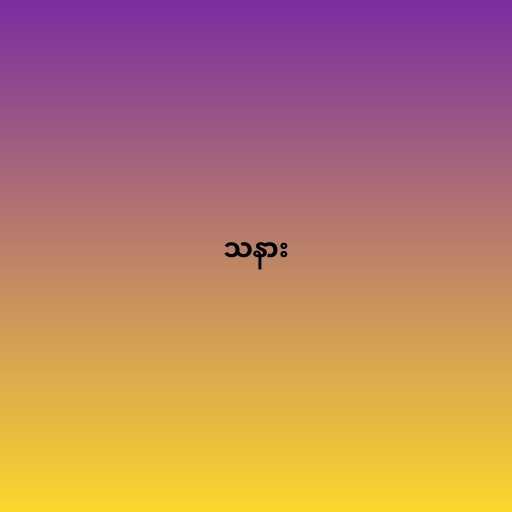
သနား